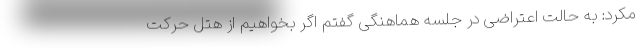
مکرد: به حالت اعتراضی در جلسه هماهنگی گفتم اگر بخواهیم از هتل حرکت